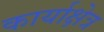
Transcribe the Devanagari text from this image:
कार्याक्षेत्र